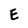
Character: E